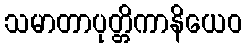
သမာတာပုတ္တိကာနိယေဝ